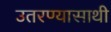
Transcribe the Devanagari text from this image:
उतरण्यासाथी